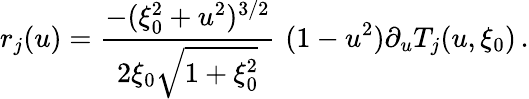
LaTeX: r_{j}(u)=\frac{-(\xi_{0}^{2}+u^{2})^{3/2}}{2\xi_{0}\sqrt{1+\xi_{0}^{2}}}\, \, (1-u^{2})\partial_{u}T_{j}(u,\xi_{0})\, .